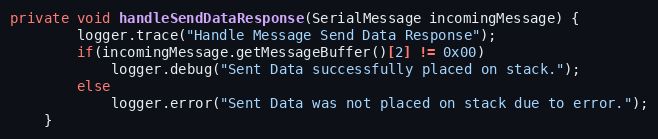
Language: Java
private void handleSendDataResponse(SerialMessage incomingMessage) {
		logger.trace("Handle Message Send Data Response");
		if(incomingMessage.getMessageBuffer()[2] != 0x00)
			logger.debug("Sent Data successfully placed on stack.");
		else
			logger.error("Sent Data was not placed on stack due to error.");
	}